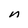
Character: n